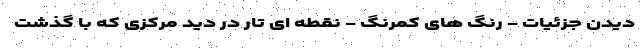
دیدن جزئیات - رنگ های کمرنگ - نقطه ای تار در دید مرکزی که با گذشت